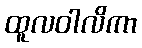
ထူလဝါလိကာ